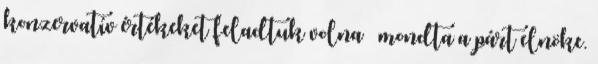
konzervatív értékeket feladtuk volna – mondta a párt elnöke.